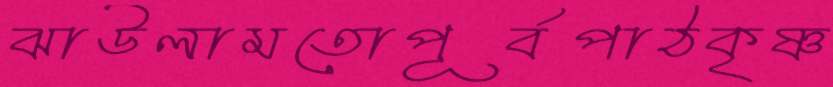
ঝাউলামতোপূর্বপাঠকৃষ্ণ